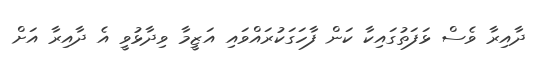
ދާއިރާ ވެސް ޅަފަތުގައިކާ ކަން ފާހަގަކުރައްވައި އަޒީމާ ވިދާޅުވީ އެ ދާއިރާ އަށް